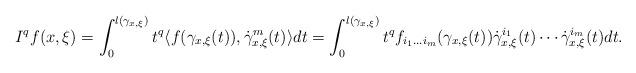
LaTeX: \begin{align*} I^qf(x, \xi) = \int_{0}^{l(\gamma_{x,\xi})} t^q\langle f(\gamma_{x,\xi}(t)), \dot{\gamma}_{x,\xi}^m(t) \rangle dt = \int_{0}^{l(\gamma_{x,\xi})}t^q f_{i_1\dots i_m}(\gamma_{x,\xi}(t))\dot{\gamma}_{x,\xi}^{i_1}(t)\cdots \dot{\gamma}_{x,\xi}^{i_m}(t) dt. \end{align*}